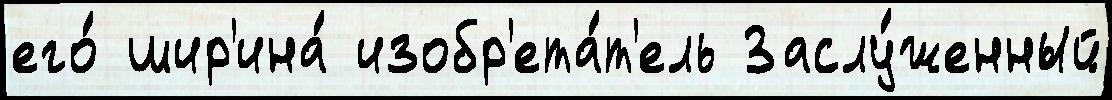
его́ шир'ина́ изобр'ета́т'ель Заслу́женный